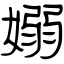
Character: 嫋